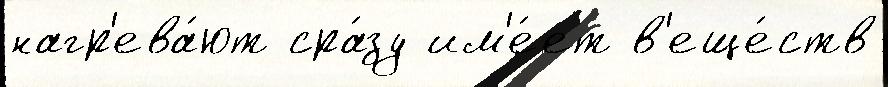
нагр'ева́ют сра́зу им'е́ет в'еще́ств